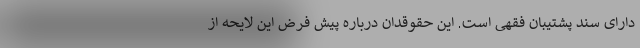
دارای سند پشتیبان فقهی است. این حقوقدان درباره پیش فرض این لایحه از